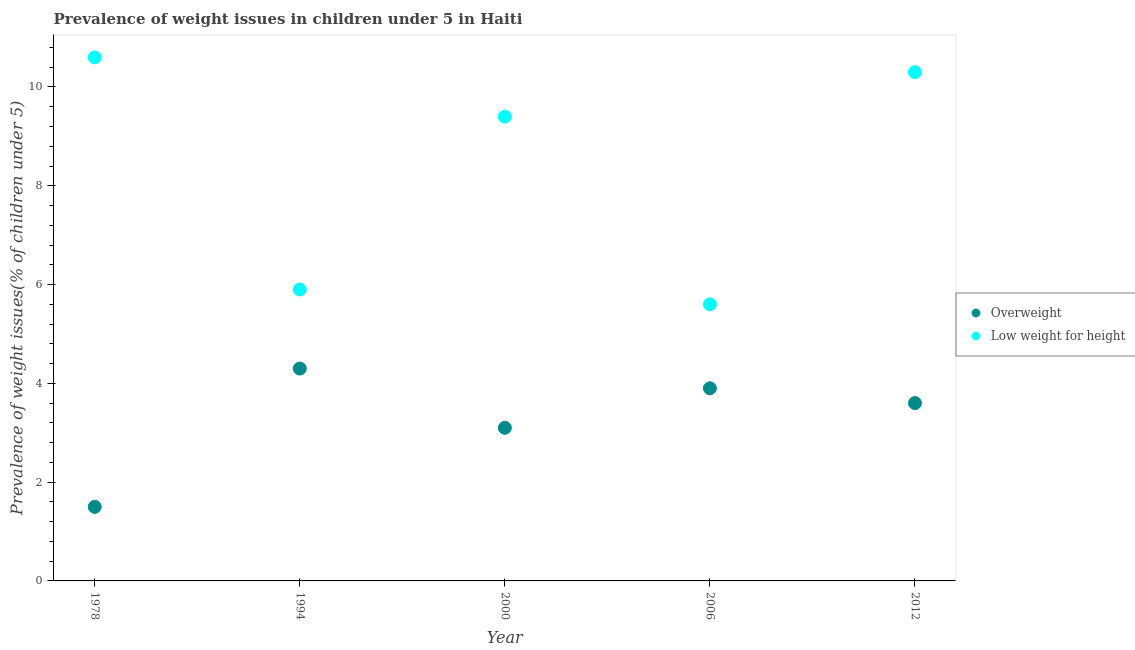
| Year | Overweight | Low weight for height |
 | --- | --- | --- |
 | 1978 | 1.5 | 10.6 |
 | 1994 | 4.3 | 5.9 |
 | 2000 | 3.1 | 9.4 |
 | 2006 | 3.9 | 5.6 |
 | 2012 | 3.6 | 10.3 |